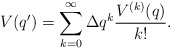
\begin{align*} V(q') = \sum_{k=0}^{\infty} \Delta q^k \frac{V^{(k)}(q)}{k!}.\end{align*}